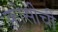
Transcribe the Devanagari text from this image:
कोसीची